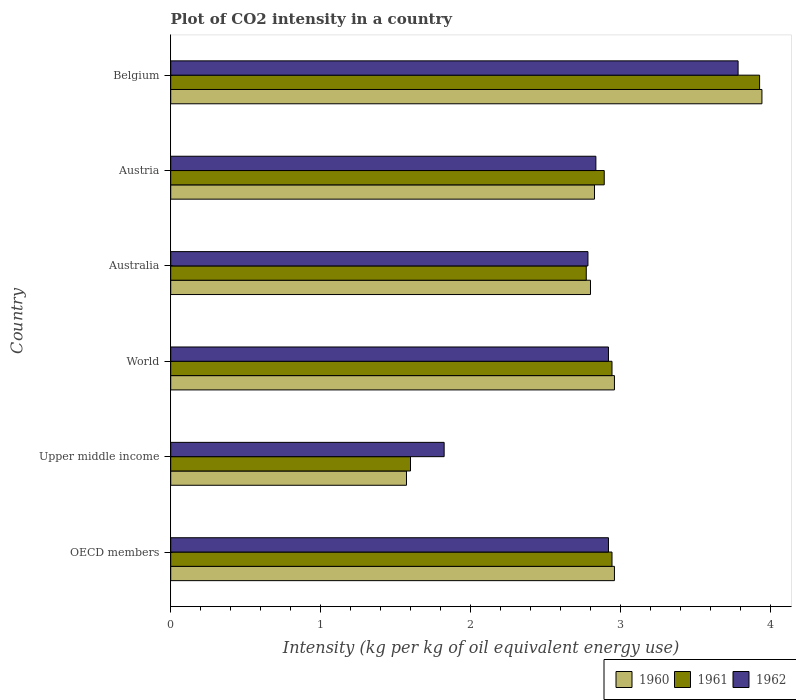
| Country | 1960 | 1961 | 1962 |
 | --- | --- | --- | --- |
 | OECD members | 2.96 | 2.95 | 2.92 |
 | Upper middle income | 1.57 | 1.6 | 1.82 |
 | World | 2.96 | 2.95 | 2.92 |
 | Australia | 2.8 | 2.77 | 2.78 |
 | Austria | 2.83 | 2.89 | 2.84 |
 | Belgium | 3.95 | 3.93 | 3.79 |